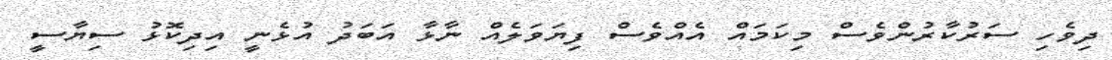
ދިވެހި ސަރުކާރުންވެސް މިކަމައް އެއްވެސް ފިޔަވަލެއް ނާޅާ އަބަދު އުޅެނީ އިދިކޮޅު ސިޔާސީ